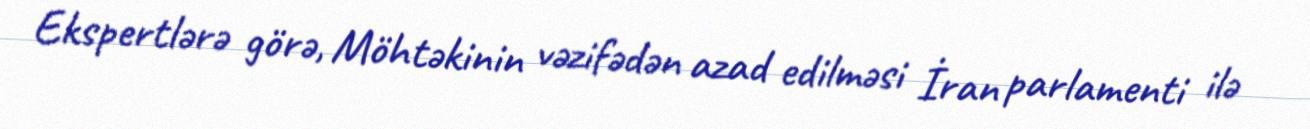
Ekspertlərə görə, Möhtəkinin vəzifədən azad edilməsi İran parlamenti ilə